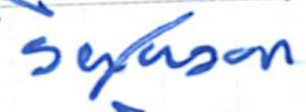
Text: season
Cross-out: diagonal
Writing tool: ballpoint